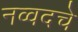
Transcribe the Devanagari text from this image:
नव्वदचे